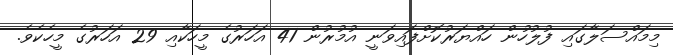
މިމައްސަލާގައި ފުލުހުން ހައްޔަރުކޮށްފައިވަނީ އުމުރުން 41 އަހަރުގެ މީހަކާއި 29 އަހަރުގެ މީހެކެވެ.